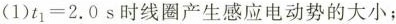
(1)$$t_{1}=2.0s$$时线圈产生感应电动势的大小；